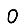
Digit: 0